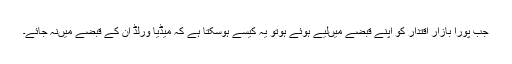
جب پورا بازار اقتدار کو اپنے قبضے میںلیے ہوئے ہوتو یہ کیسے ہوسکتا ہے کہ میڈیا ورلڈ ان کے قبضے میںنہ جائے۔